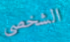
الشخصى